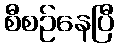
စီစဉ်နေပြီ